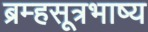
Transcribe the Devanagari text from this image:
ब्रम्हसूत्रभाष्य